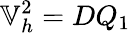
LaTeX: \mathbb{V}_{h}^{2}=DQ_{1}